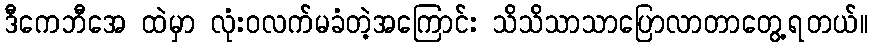
ဒီကေဘီအေ ထဲမှာ လုံးဝလက်မခံတဲ့အကြောင်း သိသိသာသာပြောလာတာတွေ့ရတယ်။